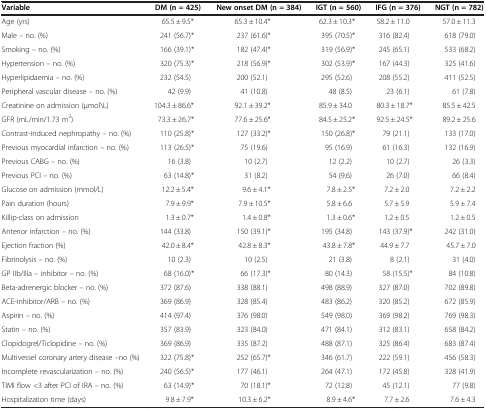
<table><thead><tr><td><b>Variable</b></td><td><b>DM (n = 425)</b></td><td><b>New onset DM (n = 384)</b></td><td><b>IGT (n = 560)</b></td><td><b>IFG (n = 376)</b></td><td><b>NGT (n = 782)</b></td></tr></thead><tbody><tr><td>Age (yrs)</td><td>65.5 ± 9.5*</td><td>65.3 ± 10.4*</td><td>62.3 ± 10.3*</td><td>58.2 ± 11.0</td><td>57.0 ± 11.3</td></tr><tr><td>Male – no. (%)</td><td>241 (56.7)*</td><td>237 (61.6)*</td><td>395 (70.5)*</td><td>316 (82.4)</td><td>618 (79.0)</td></tr><tr><td>Smoking – no. (%)</td><td>166 (39.1)*</td><td>182 (47.4)*</td><td>319 (56.9)*</td><td>245 (65.1)</td><td>533 (68.2)</td></tr><tr><td>Hypertension – no. (%)</td><td>320 (75.3)*</td><td>218 (56.9)*</td><td>302 (53.9)*</td><td>167 (44.3)</td><td>325 (41.6)</td></tr><tr><td>Hyperlipidaemia – no. (%)</td><td>232 (54.5)</td><td>200 (52.1)</td><td>295 (52.6)</td><td>208 (55.2)</td><td>411 (52.5)</td></tr><tr><td>Peripheral vascular disease – no. (%)</td><td>42 (9.9)</td><td>41 (10.8)</td><td>48 (8.5)</td><td>23 (6.1)</td><td>61 (7.8)</td></tr><tr><td>Creatinine on admission (μmol\L)</td><td>104.3 ± 86.6*</td><td>92.1 ± 39.2*</td><td>85.9 ± 34.0</td><td>80.3 ± 18.7*</td><td>85.5 ± 42.5</td></tr><tr><td>GFR (mL/min/1.73 m<sup>2</sup>)</td><td>73.3 ± 26.7*</td><td>77.6 ± 25.6*</td><td>84.5 ± 25.2*</td><td>92.5 ± 24.5*</td><td>89.2 ± 25.6</td></tr><tr><td>Contrast-induced nephropathy – no. (%)</td><td>110 (25.8)*</td><td>127 (33.2)*</td><td>150 (26.8)*</td><td>79 (21.1)</td><td>133 (17.0)</td></tr><tr><td>Previous myocardial infarction – no. (%)</td><td>113 (26.5)*</td><td>75 (19.6)</td><td>95 (16.9)</td><td>61 (16.3)</td><td>132 (16.9)</td></tr><tr><td>Previous CABG – no. (%)</td><td>16 (3.8)</td><td>10 (2.7)</td><td>12 (2.2)</td><td>10 (2.7)</td><td>26 (3.3)</td></tr><tr><td>Previous PCI – no. (%)</td><td>63 (14.8)*</td><td>31 (8.2)</td><td>54 (9.6)</td><td>26 (7.0)</td><td>66 (8.4)</td></tr><tr><td>Glucose on admission (mmol/L)</td><td>12.2 ± 5.4*</td><td>9.6 ± 4.1*</td><td>7.8 ± 2.5*</td><td>7.2 ± 2.0</td><td>7.2 ± 2.2</td></tr><tr><td>Pain duration (hours)</td><td>7.9 ± 9.9*</td><td>7.9 ± 10.5*</td><td>5.8 ± 6.6</td><td>5.7 ± 5.9</td><td>5.9 ± 7.4</td></tr><tr><td>Killip-class on admission</td><td>1.3 ± 0.7*</td><td>1.4 ± 0.8*</td><td>1.3 ± 0.6*</td><td>1.2 ± 0.5</td><td>1.2 ± 0.5</td></tr><tr><td>Anterior infarction – no. (%)</td><td>144 (33.8)</td><td>150 (39.1)*</td><td>195 (34.8)</td><td>143 (37.9)*</td><td>242 (31.0)</td></tr><tr><td>Ejection fraction (%)</td><td>42.0 ± 8.4*</td><td>42.8 ± 8.3*</td><td>43.8 ± 7.8*</td><td>44.9 ± 7.7</td><td>45.7 ± 7.0</td></tr><tr><td>Fibrinolysis – no. (%)</td><td>10 (2.3)</td><td>10 (2.5)</td><td>21 (3.8)</td><td>8 (2.1)</td><td>31 (4.0)</td></tr><tr><td>GP IIb/IIIa – inhibitor – no. (%)</td><td>68 (16.0)*</td><td>66 (17.3)*</td><td>80 (14.3)</td><td>58 (15.5)*</td><td>84 (10.8)</td></tr><tr><td>Beta-adrenergic blocker – no. (%)</td><td>372 (87.6)</td><td>338 (88.1)</td><td>498 (88.9)</td><td>327 (87.0)</td><td>702 (89.8)</td></tr><tr><td>ACE-inhibitor/ARB – no. (%)</td><td>369 (86.9)</td><td>328 (85.4)</td><td>483 (86.2)</td><td>320 (85.2)</td><td>672 (85.9)</td></tr><tr><td>Aspirin – no. (%)</td><td>414 (97.4)</td><td>376 (98.0)</td><td>549 (98.0)</td><td>369 (98.2)</td><td>769 (98.3)</td></tr><tr><td>Statin – no. (%)</td><td>357 (83.9)</td><td>323 (84.0)</td><td>471 (84.1)</td><td>312 (83.1)</td><td>658 (84.2)</td></tr><tr><td>Clopidogrel/Ticlopidine – no. (%)</td><td>369 (86.9)</td><td>335 (87.2)</td><td>488 (87.1)</td><td>325 (86.4)</td><td>683 (87.4)</td></tr><tr><td>Multivessel coronary artery disease –no (%)</td><td>322 (75.8)*</td><td>252 (65.7)*</td><td>346 (61.7)</td><td>222 (59.1)</td><td>456 (58.3)</td></tr><tr><td>Incomplete revascularization – no. (%)</td><td>240 (56.5)*</td><td>177 (46.1)</td><td>264 (47.1)</td><td>172 (45.8)</td><td>328 (41.9)</td></tr><tr><td>TIMI flow &lt;3 after PCI of IRA – no. (%)</td><td>63 (14.9)*</td><td>70 (18.1)*</td><td>72 (12.8)</td><td>45 (12.1)</td><td>77 (9.8)</td></tr><tr><td>Hospitalization time (days)</td><td>9.8 ± 7.9*</td><td>10.3 ± 6.2*</td><td>8.9 ± 4.6*</td><td>7.7 ± 2.6</td><td>7.6 ± 4.3</td></tr></tbody></table>